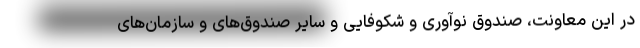
در این معاونت، صندوق نوآوری و شکوفایی و سایر صندوق‌های و سازمان‌های